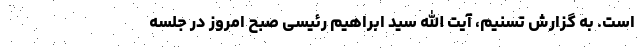
است. به گزارش تسنیم، آیت الله سید ابراهیم رئیسی صبح امروز ‌در جلسه